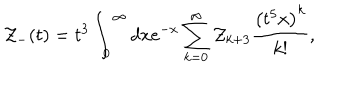
{ \cal Z } _ { - } ( t ) = { t ^ { 3 } } \int _ { 0 } ^ { \infty } d x e ^ { - x } \sum _ { k = 0 } ^ { \infty } { \cal Z } _ { k + 3 } { \frac { \left( t ^ { 5 } x \right) ^ { k } } { k ! } } ,